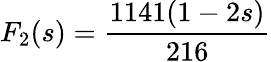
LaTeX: F_{2}(s)=\frac{1141(1-2s)}{216}